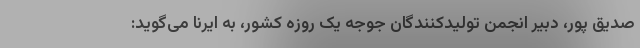
صدیق پور، دبیر انجمن تولیدکنندگان جوجه یک روزه کشور، به ایرنا می‌گوید: